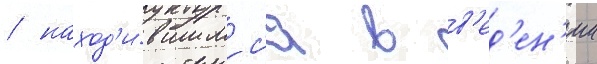
/ наход'и́вшимс'я в в'ед'ен'ии